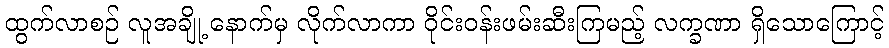
ထွက်လာစဉ် လူအချို့ နောက်မှ လိုက်လာကာ ဝိုင်းဝန်းဖမ်းဆီးကြမည့် လက္ခဏာ ရှိသောကြောင့်